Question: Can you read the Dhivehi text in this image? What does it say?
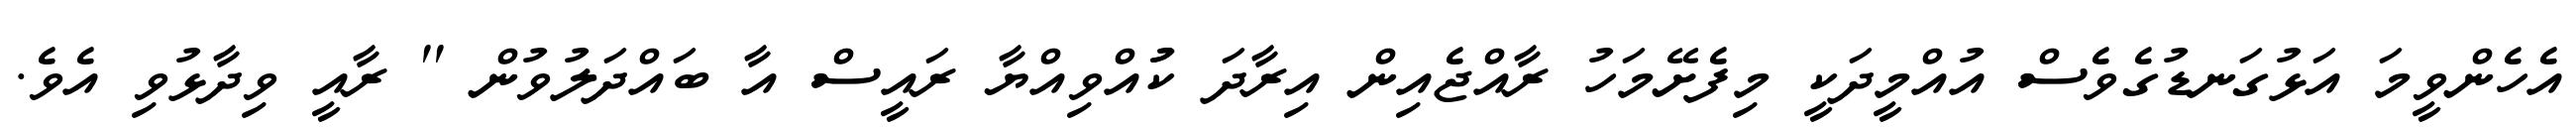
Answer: އެހެންވީމަ އަޅުގަނޑުގެވެސް އުއްމީދަކީ މިފެށޭމަހު ރާއްޖެއިން އިރާދަ ކުުއްވިއްޔާ ރައީސް އާ ބައްދަލުވުން '' ރާއީ ވިދާޅުވި އެވެ.